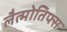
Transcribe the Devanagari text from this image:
लैत्मोतिफ्स